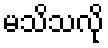
မသိသလို